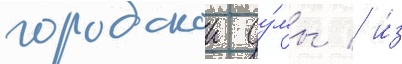
городскои ду́мы / и́з